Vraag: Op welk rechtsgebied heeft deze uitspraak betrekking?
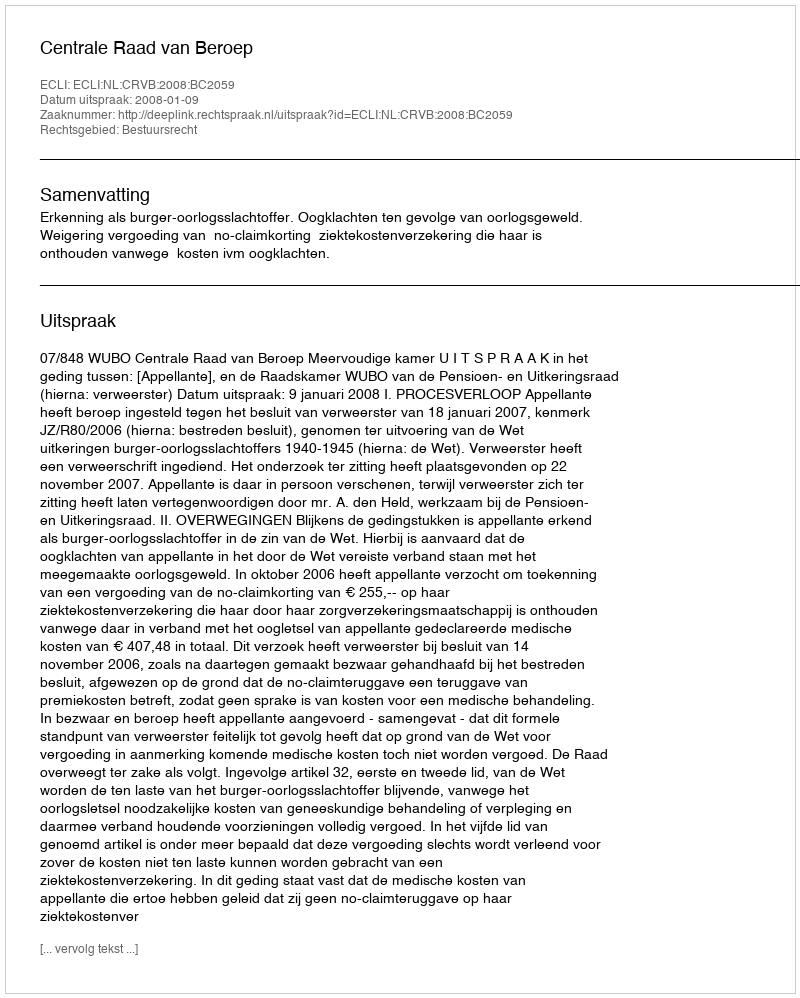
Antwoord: Bestuursrecht